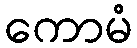
ကောမံ